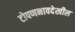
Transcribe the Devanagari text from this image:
टोपणनावदेखील